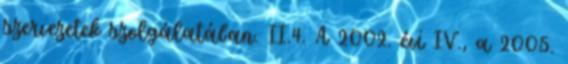
szervezetek szolgálatában. II.4. A 2002. évi IV., a 2005.